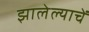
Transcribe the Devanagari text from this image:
झालेल्याचें